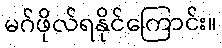
မဂ်ဖိုလ်ရနိုင်ကြောင်း။